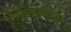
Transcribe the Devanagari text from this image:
वितरणांचा